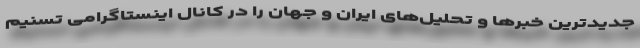
جدیدترین خبرها و تحلیل‌های ایران و جهان را در کانال اینستاگرامی تسنیم